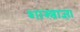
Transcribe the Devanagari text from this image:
शास्त्राज्ञा